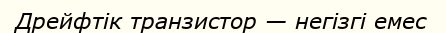
Дрейфтік транзистор — негізгі емес